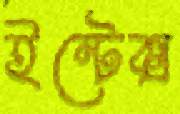
ইন্টেক্স